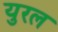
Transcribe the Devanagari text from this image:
युरल